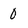
Character: 0